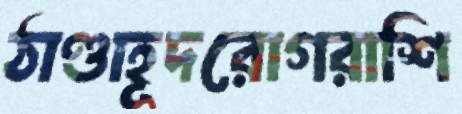
ঠাণ্ডাহূদরোগরাশি